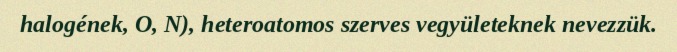
halogének, O, N), heteroatomos szerves vegyületeknek nevezzük.